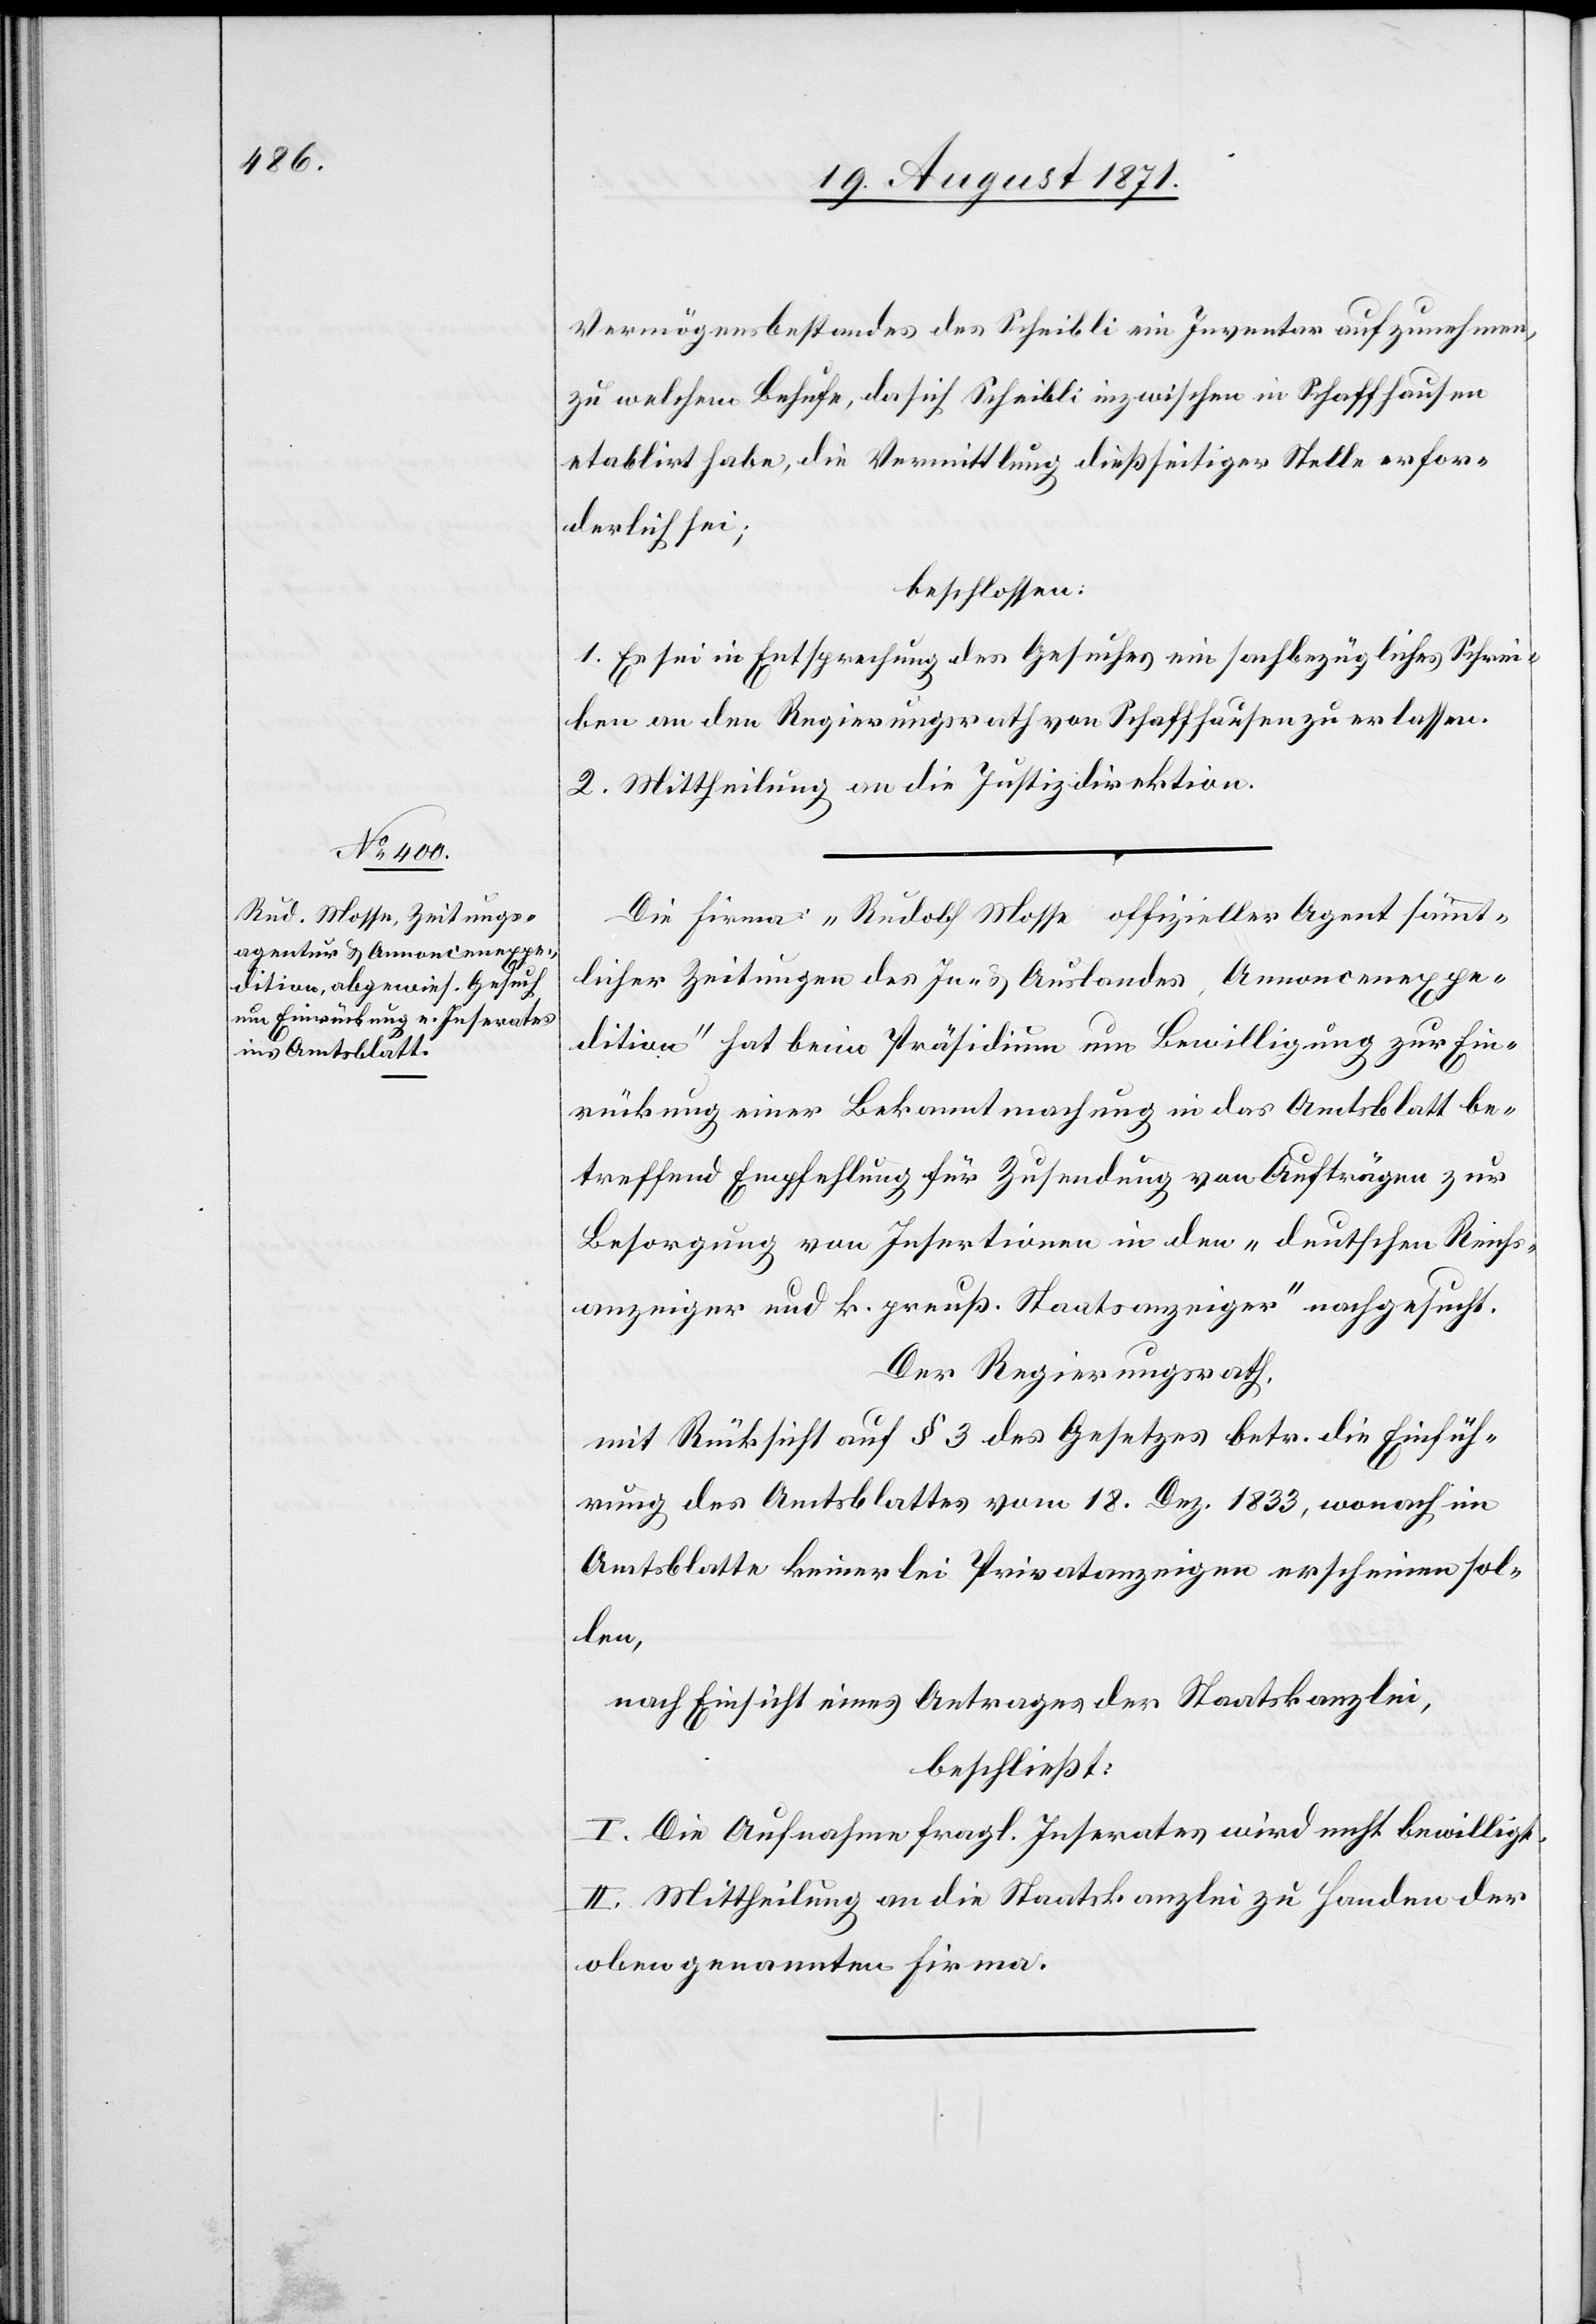
Vermögensbestandes des Scheibli ein Inventar aufzunehmen,
zu welchem Behufe, da sich Scheibli inzwischen in Schaffhausen
etablirt habe, die Vermittlung dießseitiger Stelle erfor¬
derlich sei;
beschlossen:
1. Es sei in Entsprechung des Gesuches ein sachbezügliches Schrei¬
ben an den Regierungsrath von Schaffhausen zu erlassen.
2. Mittheilung an die Justizdirektion.
Die Firma „Rudolf Mosse offizieller Agent sämmt¬
licher Zeitung des In- & Auslandes, Annoncenexpe¬
dition“ hat beim Präsidium um Bewilligung zur Ein¬
rückung einer Bekanntmachung in das Amtsblatt be¬
treffend Empfehlung für Zusendung von Aufträgen & zur
Besorgung von Insertionen in den „deutschen Reichs¬
anzeiger und k. preuß. Staatsanzeiger“ nachgesucht.
Der Regierungsrath,
mit Rücksicht auf § 3 des Gesetzes betr. die Einfüh¬
rung des Amtsblattes 18. Dez. 1833, wonach im
Amtsblatte keinerlei Privatanzeigen erscheinen sol¬
len,
nach Einsicht eines Antrages der Staaatskanzlei,
beschließt:
I. Die Aufnahme frag. Inserates wird nicht bewilligt.
II. Mittheilung an die Staatskanzlei zu Handen der
obengenannten Firma.